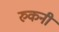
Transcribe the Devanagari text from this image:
रुकनी